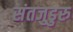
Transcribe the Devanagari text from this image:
संतजुडुरु